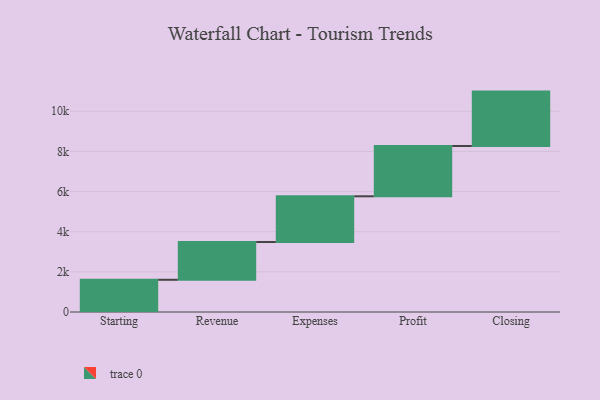
{"axis": {"x": "Step", "y": "Value"}, "legend": [""], "data": [{"x": "Starting", "y": 1605.0, "type": ""}, {"x": "Revenue", "y": 1880.0, "type": ""}, {"x": "Expenses", "y": 2278.0, "type": ""}, {"x": "Profit", "y": 2506.0, "type": ""}, {"x": "Closing", "y": 2709.0, "type": ""}]}